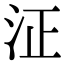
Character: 泟